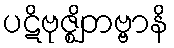
ပဋိဗုဇ္ဈိတဗ္ဗာနိ